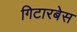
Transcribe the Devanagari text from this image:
गिटारबेस